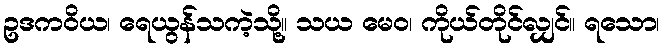
ဥဒကဝိယ၊ ရေယွန်သကဲ့သို့။ သယ မေဝ၊ ကိုယ်တိုင်လျှင်။ ရသော၊